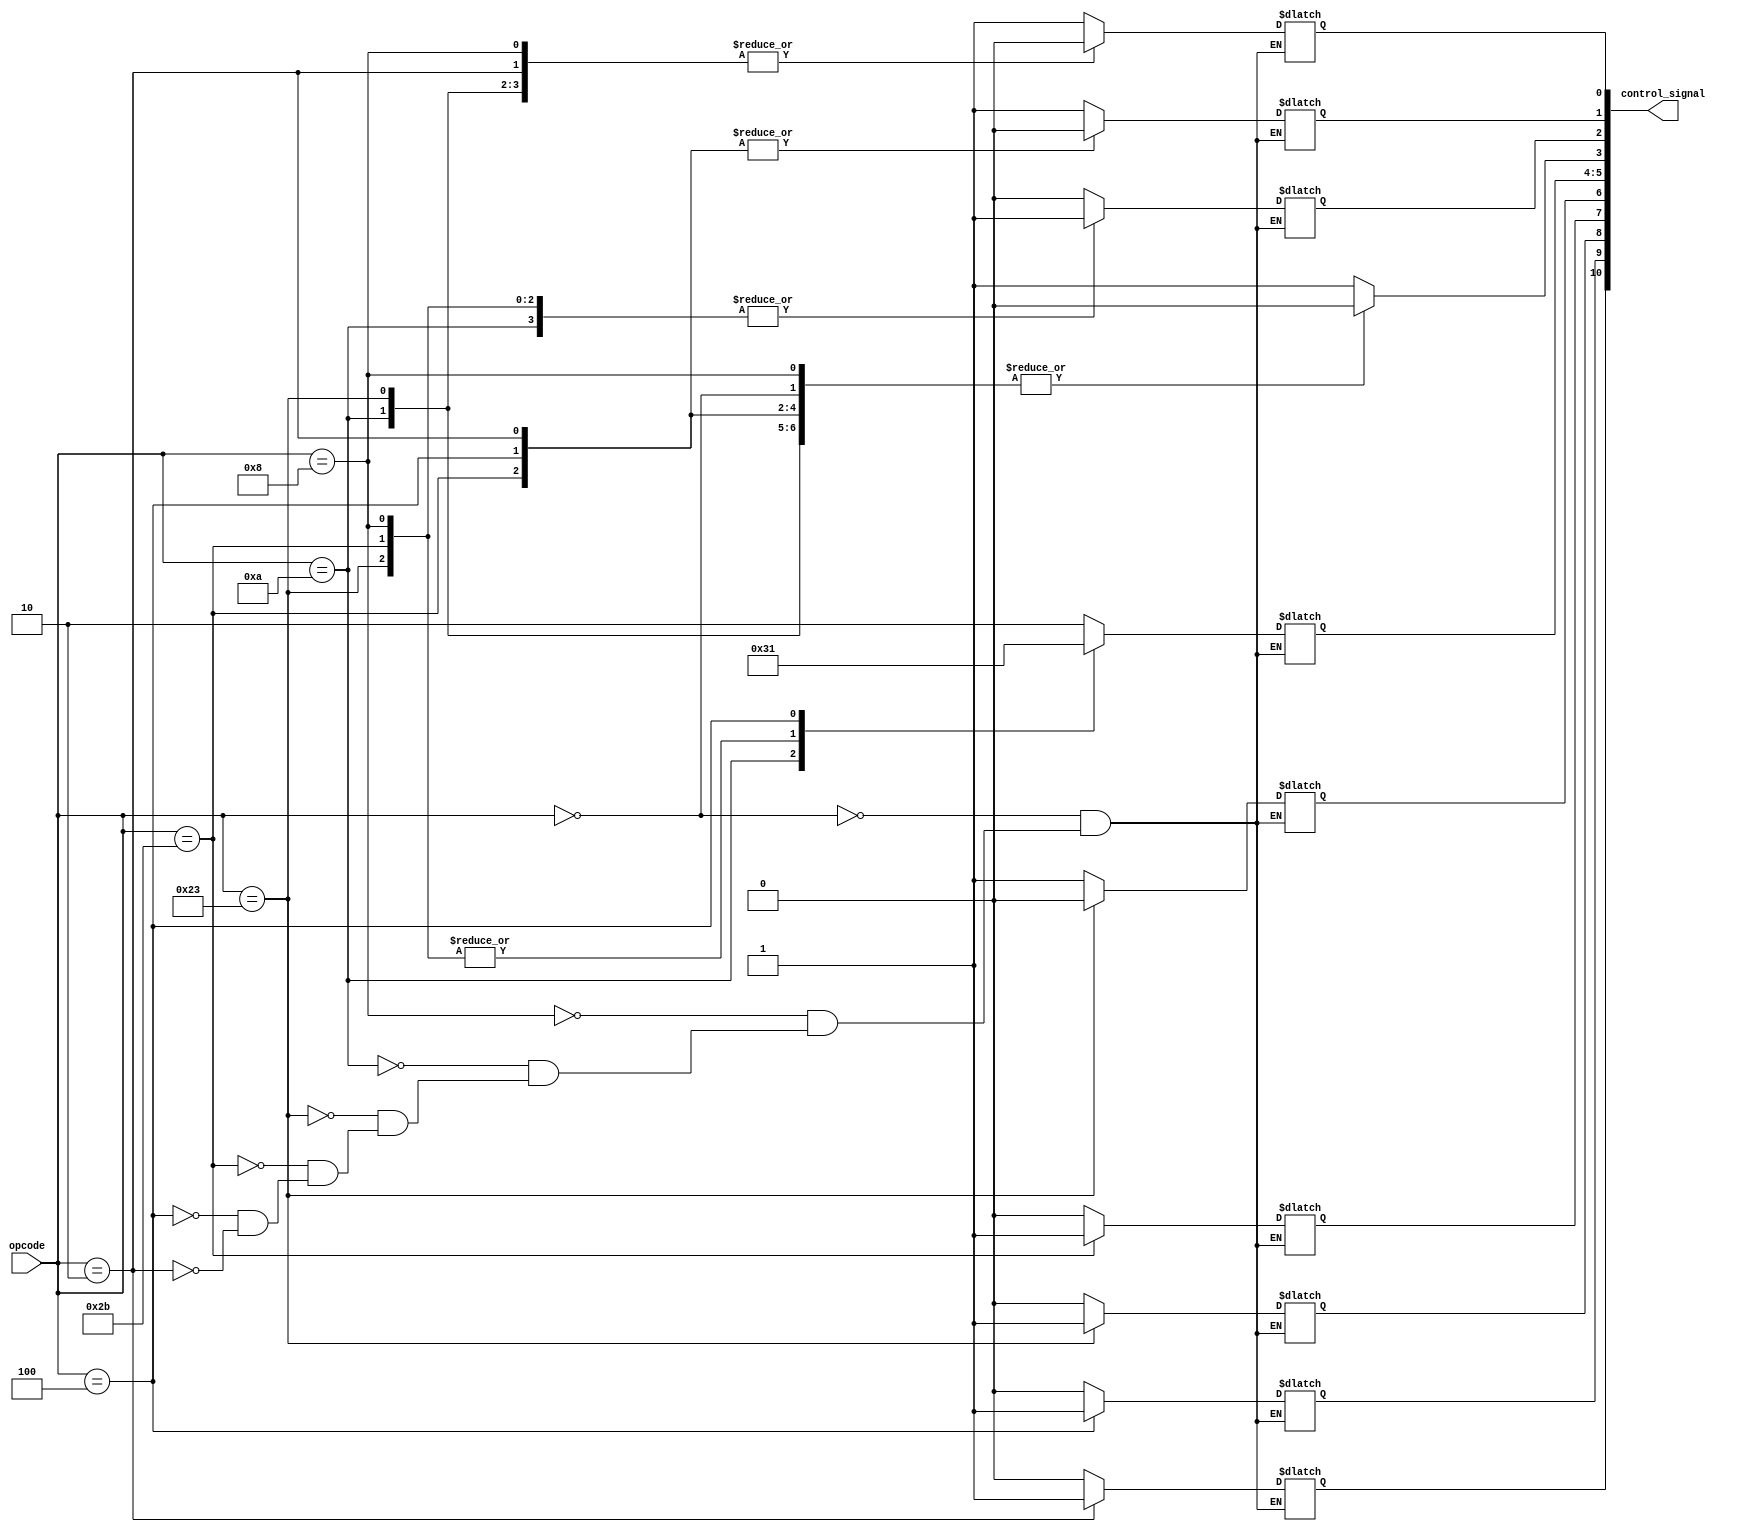
module control_unit(
  output [10:0] control_signal,
  input [5:0] opcode 
);
  /*
	Jump : 10
	Branch: 9
	MemRead: 8
	MemWrite: 7
	Mem2Reg: 6
	ALUOp[5:4]
	Exception 3
	ALUsrc 2
	RegWrite 1
	RegDST 0
  */
  reg [10:0] master_control;
  assign control_signal = master_control;
  
  initial begin
		master_control = 11'b0;
  end
  
  always@(*) begin
	case(opcode)
		// R-Format
		6'b000000: begin
			master_control[10:7] = 4'b0;
			master_control[6] = 1'b1;
			master_control[5:4] = 2'b10;
			master_control[3:2] = 1'b0;
			master_control[1:0] = 2'b11;
		end
		// ADDI
		6'b001000: begin
			master_control[10:7] = 4'b0;
			master_control[6] = 1'b1;
			master_control[5:4] = 2'b00;
			master_control[3] = 1'b0;
			master_control[2:1] = 2'b11;
			master_control[0] = 1'b0;
		end
		// SLTI
		6'b001010: begin
			master_control[10:7] = 4'b0;
			master_control[6] = 1'b1;
			master_control[5:4] = 2'b11;
			master_control[3] = 1'b0;
			master_control[2:1] = 2'b11;
			master_control[0] = 1'b0;
		end
		// LW
		6'b100011: begin
			master_control[10:9] = 2'b00;
			master_control[8] = 1'b1;
			master_control[7:6] = 2'b00;
			master_control[5:4] = 2'b00;
			master_control[3] = 1'b0;
			master_control[2:1] = 2'b11;
			master_control[0] = 1'b0;
		end
		// SW
		6'b101011: begin
			master_control[10:8] = 2'b00;
			master_control[7] = 1'b1;
			master_control[6] = 1'bx;
			master_control[5:4] = 2'b00;
			master_control[3] = 1'b0;
			master_control[2] = 1'b1;
			master_control[1:0] = 1'bx;
	
		end
		// BEQ
		6'b000100: begin
			master_control[10] = 1'b0;
			master_control[9] = 1'b1;
			master_control[8:7] = 2'b0;
			master_control[6] = 1'bx;
			master_control[5:4] = 2'b01;
			master_control[3:1] = 1'b0;
			master_control[0] = 1'bx;
		end
		// JUMP
		6'b000010: begin
			master_control[10] = 1'b1;
			master_control[9:7] = 3'b0;
			master_control[6] = 1'bx;
			master_control[5:4] = 2'bxx;
			master_control[3:0] = 4'b0;
		end
		default: master_control[3] = 1'b1;
	endcase
  end

 

endmodule